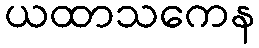
ယထာသကေန